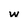
Character: w